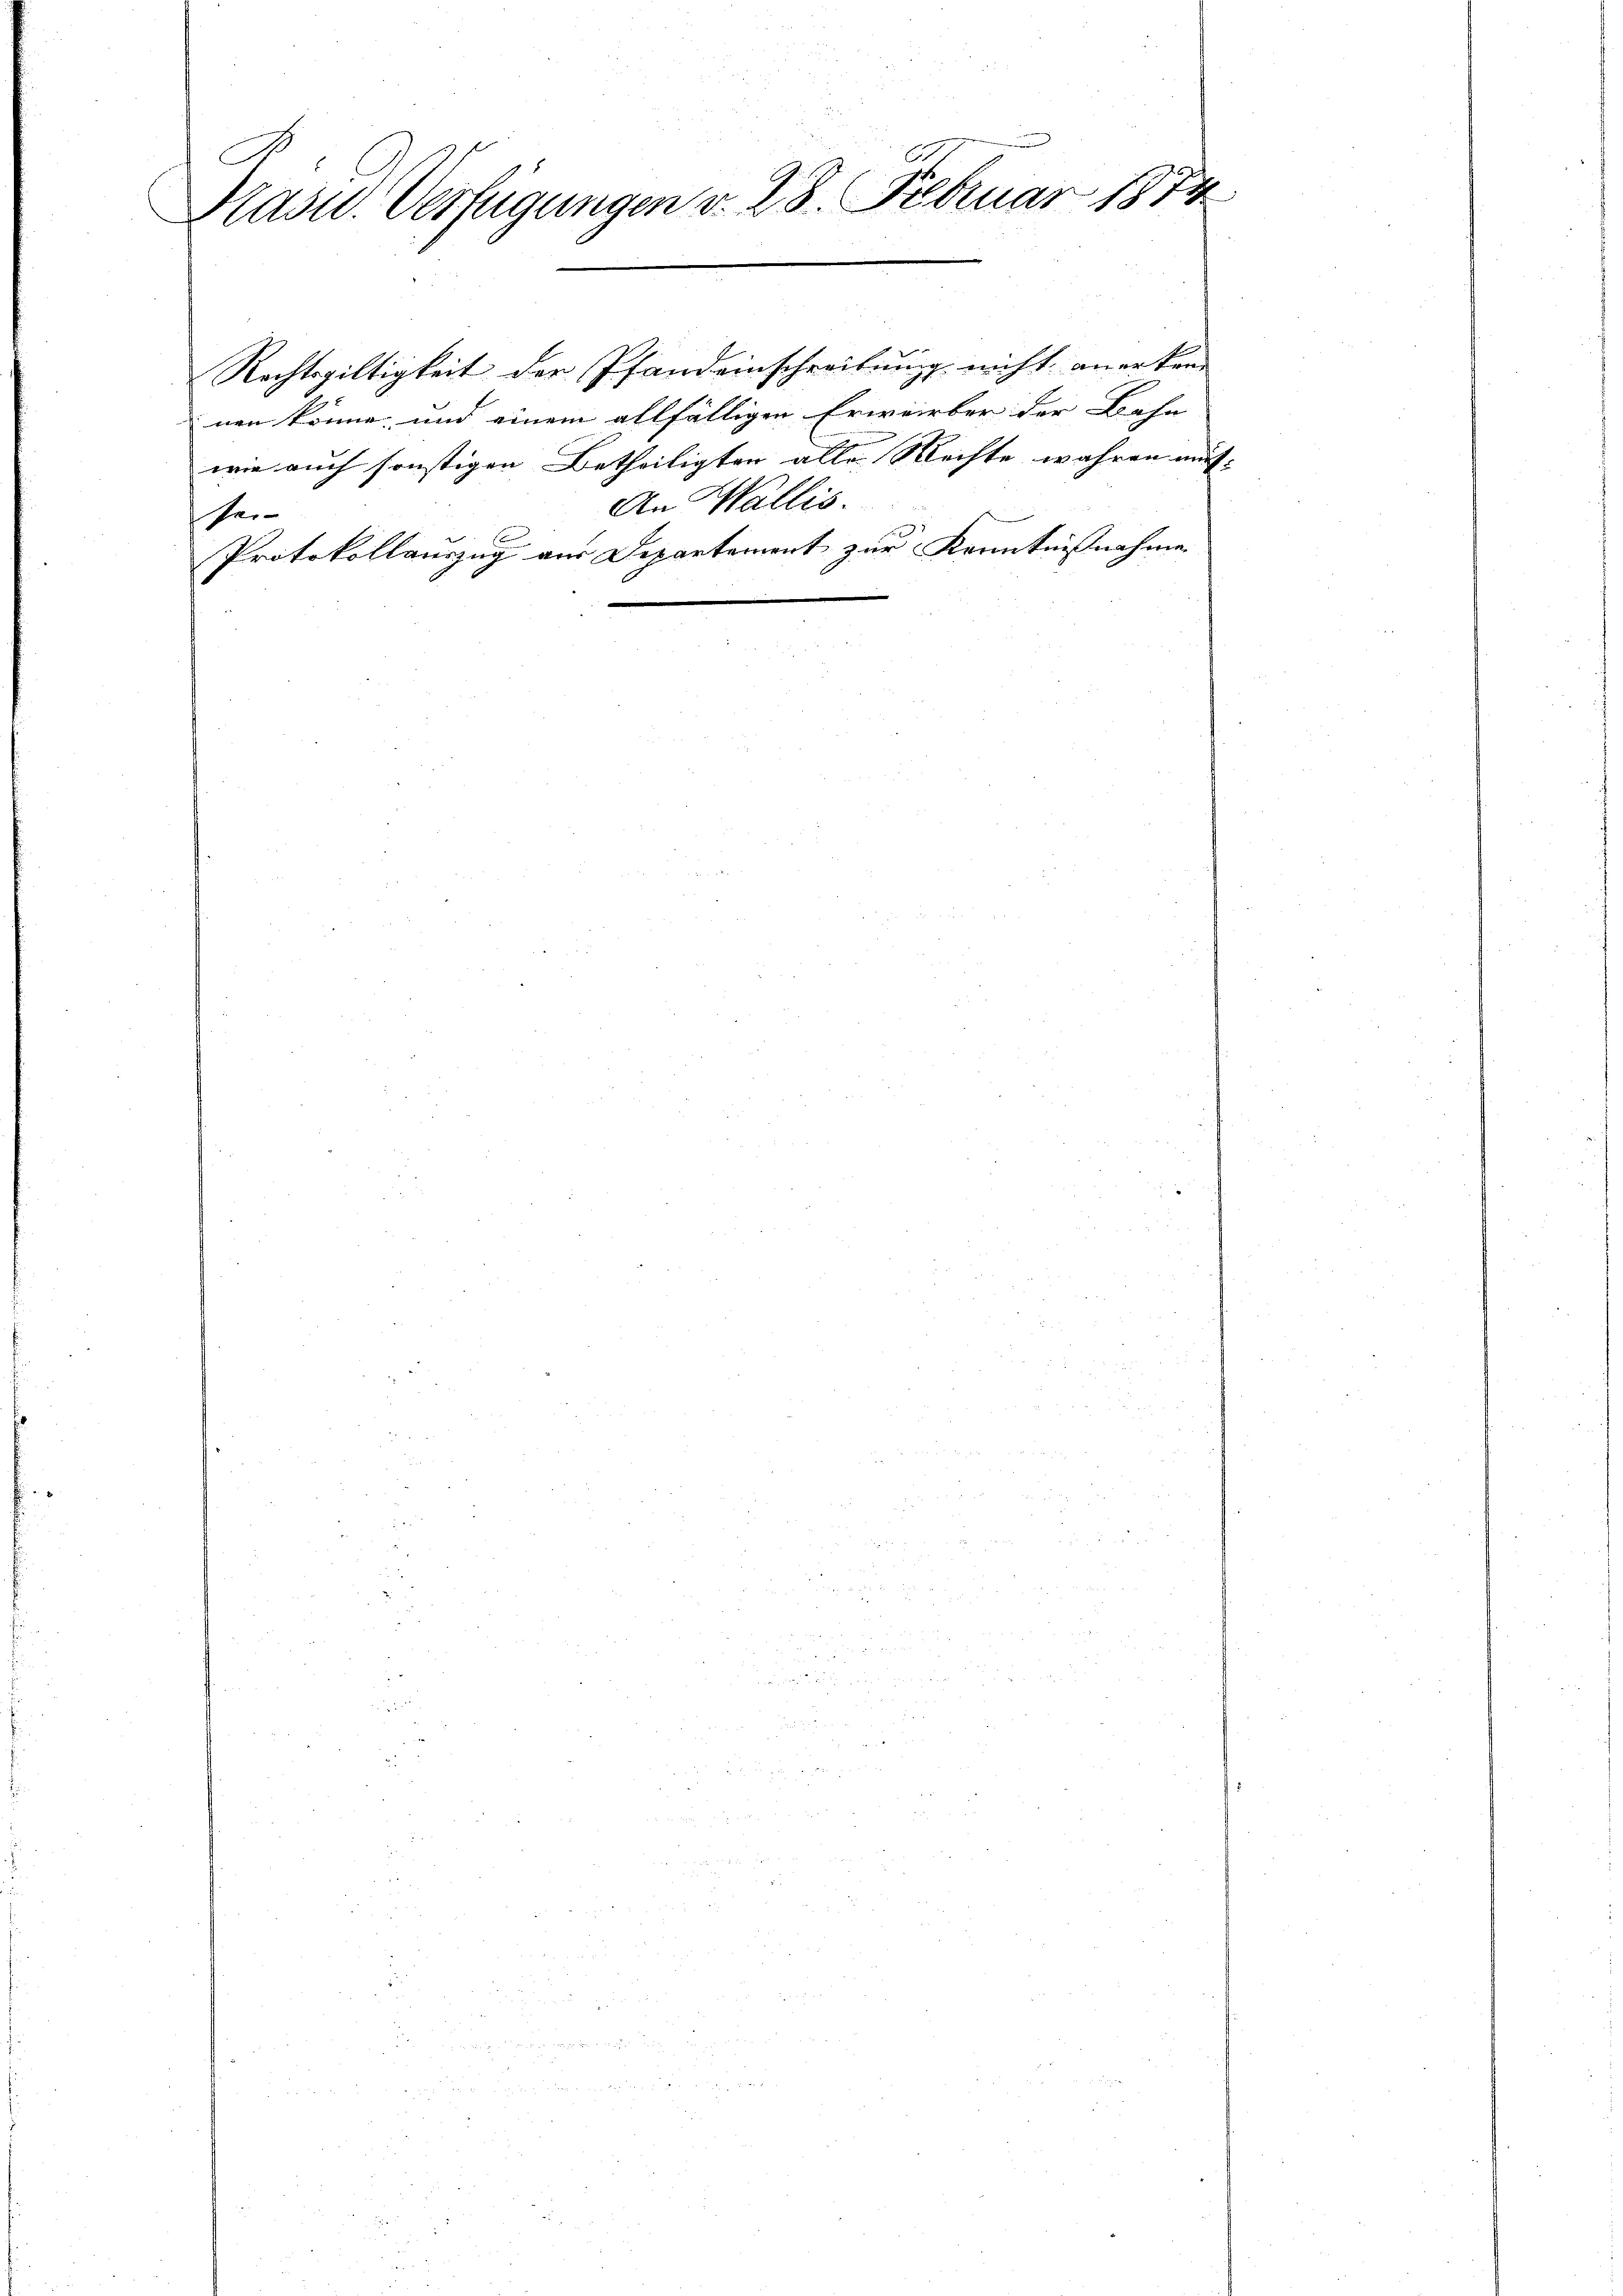
Kasu. Verfügungen v. 28. Februar 1874

Rechtsgültigkeit der Pfandeinschreibung nicht anerkenn
nen könne, und einem allfälligen Erwerber der Bahn
wie auch sonstigen Betheiligten alle Rechte wahren müs- |
An Wallis.
sei-
s
Protokollauszug aus Departement zur Kenntnißnahme